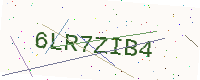
Text: 6LR7ZIB4